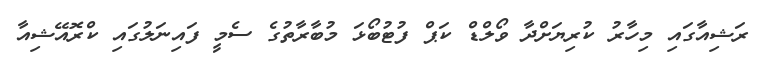
ރަޝިއާގައި މިހާރު ކުރިޔަށްދާ ވޯލްޑް ކަޕް ފުޓުބޯޅަ މުބާރާތުގެ ސެމީ ފައިނަލުގައި ކްރޮއޭޝިއާ